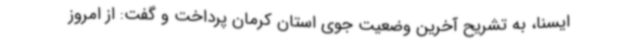
ایسنا، به تشریح آخرین وضعیت جوی استان کرمان پرداخت و گفت: از امروز